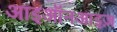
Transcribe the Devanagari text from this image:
आइऑनआइज़